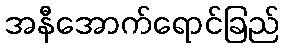
အနီအောက်ရောင်ခြည်